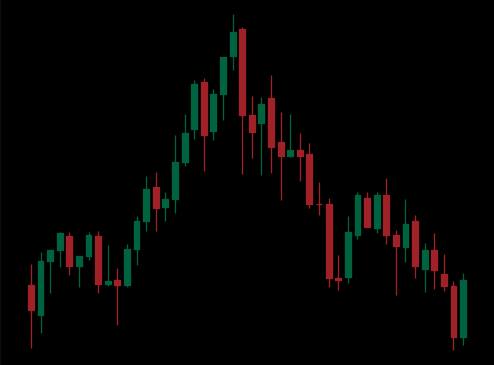
Pattern: head_shoulders